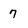
Character: 7